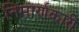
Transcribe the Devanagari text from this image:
निमार्णकारी